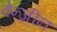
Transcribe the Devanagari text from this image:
वेन्ज़ीन